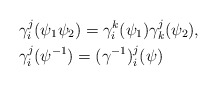
\begin{align*}\begin{aligned}&\gamma_i^j(\psi_1 \psi_2)= \gamma_i^k(\psi_1) \gamma_k^j(\psi_2) , \\&\gamma_i^j (\psi^{-1}) =(\gamma^{-1} )_{i}^{j} (\psi)\end{aligned}\end{align*}